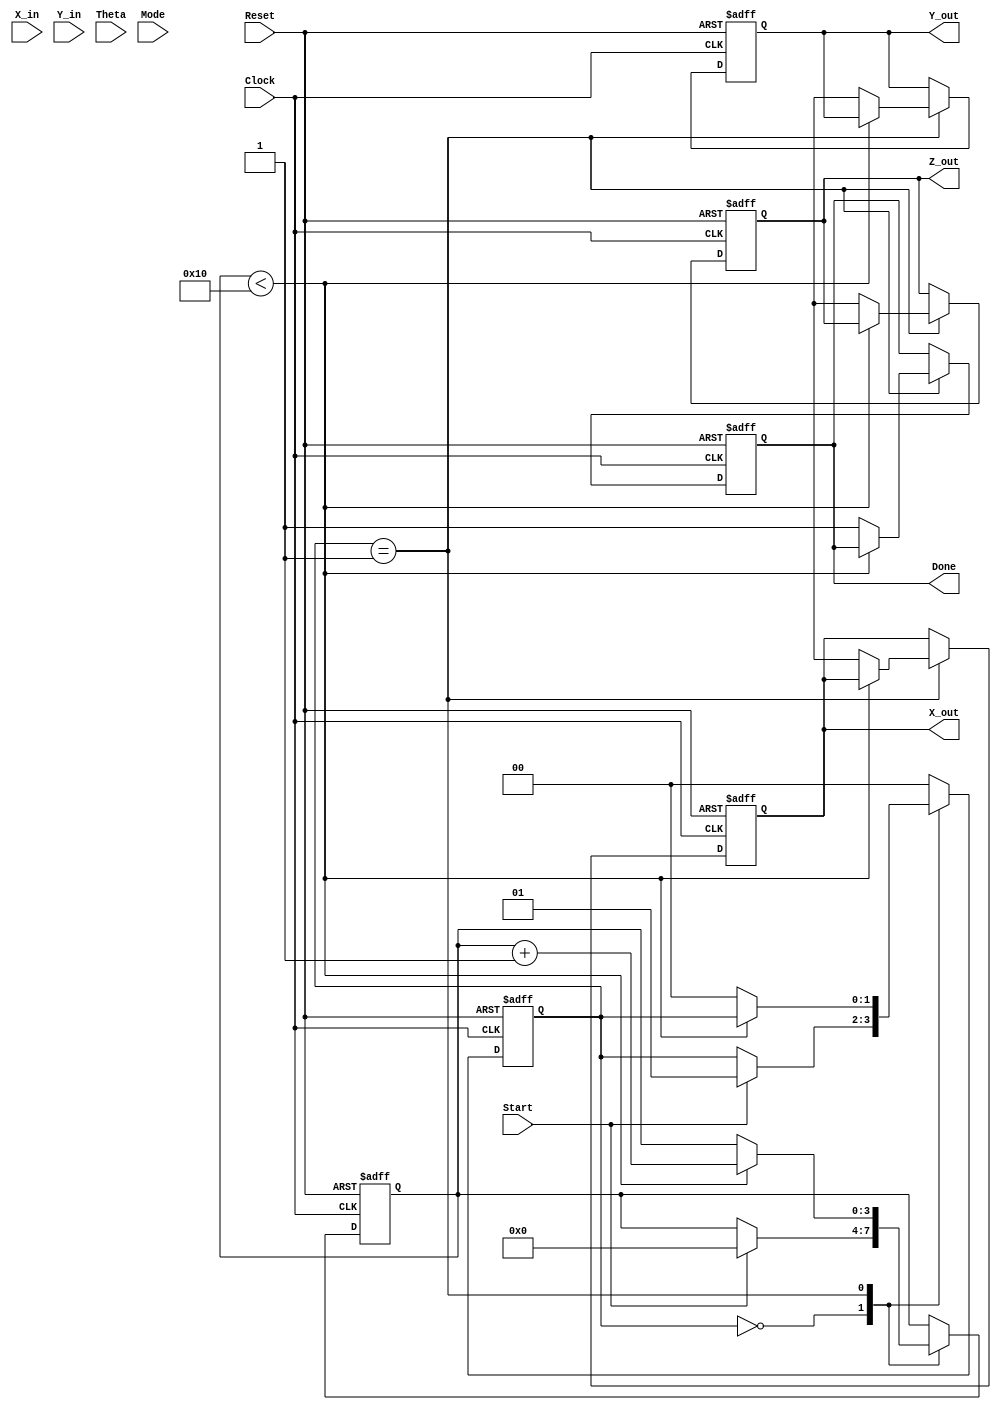
module CORDIC (
    input signed [15:0] X_in,      // Input x-coordinate
    input signed [15:0] Y_in,      // Input y-coordinate
    input signed [15:0] Theta,     // Input angle in radians
    input wire [1:0] Mode,         // Operation mode (0 for rotation, 1 for vectoring)
    input wire Start,               // Start computation signal
    input wire Clock,               // System clock
    input wire Reset,               // Asynchronous reset
    output reg signed [15:0] X_out, // Output x-coordinate
    output reg signed [15:0] Y_out, // Output y-coordinate
    output reg signed [15:0] Z_out, // Output angle output
    output reg Done                 // Completion signal
);

    // Internal parameter for number of iterations
    parameter NUM_ITERATIONS = 16;

    // Internal signals
    reg signed [15:0] x_reg [0:NUM_ITERATIONS-1];
    reg signed [15:0] y_reg [0:NUM_ITERATIONS-1];
    reg signed [15:0] z_reg [0:NUM_ITERATIONS-1];
    reg [3:0] count; // Iteration counter
    reg [1:0] state; // FSM state

    // arctan lookup table for CORDIC iterations
    reg signed [15:0] atan_table [0:NUM_ITERATIONS-1];
    
    initial begin
        // Populate arctangent table with appropriate values
        atan_table[0] = 16'h2000; // atan(2^-0)
        atan_table[1] = 16'h199A; // atan(2^-1)
        atan_table[2] = 16'h1333; // atan(2^-2)
        atan_table[3] = 16'h0FFF; // atan(2^-3)
        // Additional values can be assigned similarly
        // ...
    end

    // FSM for CORDIC Operations
    always @(posedge Clock or posedge Reset) begin
        if (Reset) begin
            state <= 0;
            Done <= 0;
            count <= 0;
            X_out <= 0;
            Y_out <= 0;
            Z_out <= 0;
        end else begin
            case (state)
                0: begin // Idle state
                    if (Start) begin
                        // Initialize registers
                        x_reg[0] <= X_in;
                        y_reg[0] <= Y_in;
                        z_reg[0] <= Theta;
                        count <= 0;
                        state <= 1;
                    end
                end

                1: begin // Execute iterations
                    if (count < NUM_ITERATIONS) begin
                        // CORDIC computation
                        if (Mode == 0) begin // Rotation mode
                            if (z_reg[count] < 0) begin
                                // Rotate clockwise
                                x_reg[count + 1] <= x_reg[count] + (y_reg[count] >> count);
                                y_reg[count + 1] <= y_reg[count] - (x_reg[count] >> count);
                                z_reg[count + 1] <= z_reg[count] + atan_table[count];
                            end else begin
                                // Rotate counterclockwise
                                x_reg[count + 1] <= x_reg[count] - (y_reg[count] >> count);
                                y_reg[count + 1] <= y_reg[count] + (x_reg[count] >> count);
                                z_reg[count + 1] <= z_reg[count] - atan_table[count];
                            end
                        end else begin // Vectoring mode (implement accordingly)
                            // Add vectoring logic here.
                        end
                        count <= count + 1;
                    end else begin
                        // Write final results
                        X_out <= x_reg[NUM_ITERATIONS];
                        Y_out <= y_reg[NUM_ITERATIONS];
                        Z_out <= z_reg[NUM_ITERATIONS];
                        Done <= 1; // Signal completion
                        state <= 0; // Return to idle state
                    end
                end
                
                default: state <= 0; // Handle default state
            endcase
        end
    end
endmodule